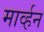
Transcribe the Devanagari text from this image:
मार्व्हन